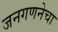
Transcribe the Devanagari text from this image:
जनगणनेचा